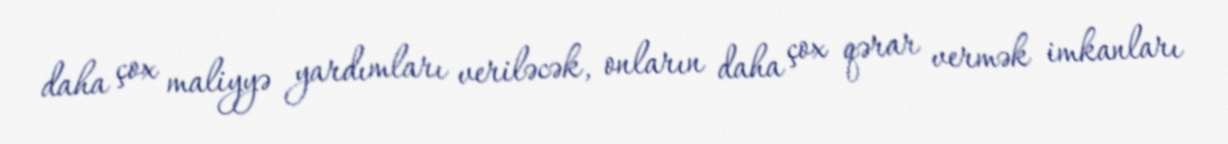
daha çox maliyyə yardımları veriləcək, onların daha çox qərar vermək imkanları